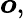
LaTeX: \boldsymbol{o},